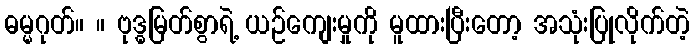
ဓမ္မဂုတ်။ ။ ဗုဒ္ဓမြတ်စွာရဲ့ ယဉ်ကျေးမှုကို မူထားပြီးတော့ အသုံးပြုလိုက်တဲ့